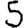
Digit: 5